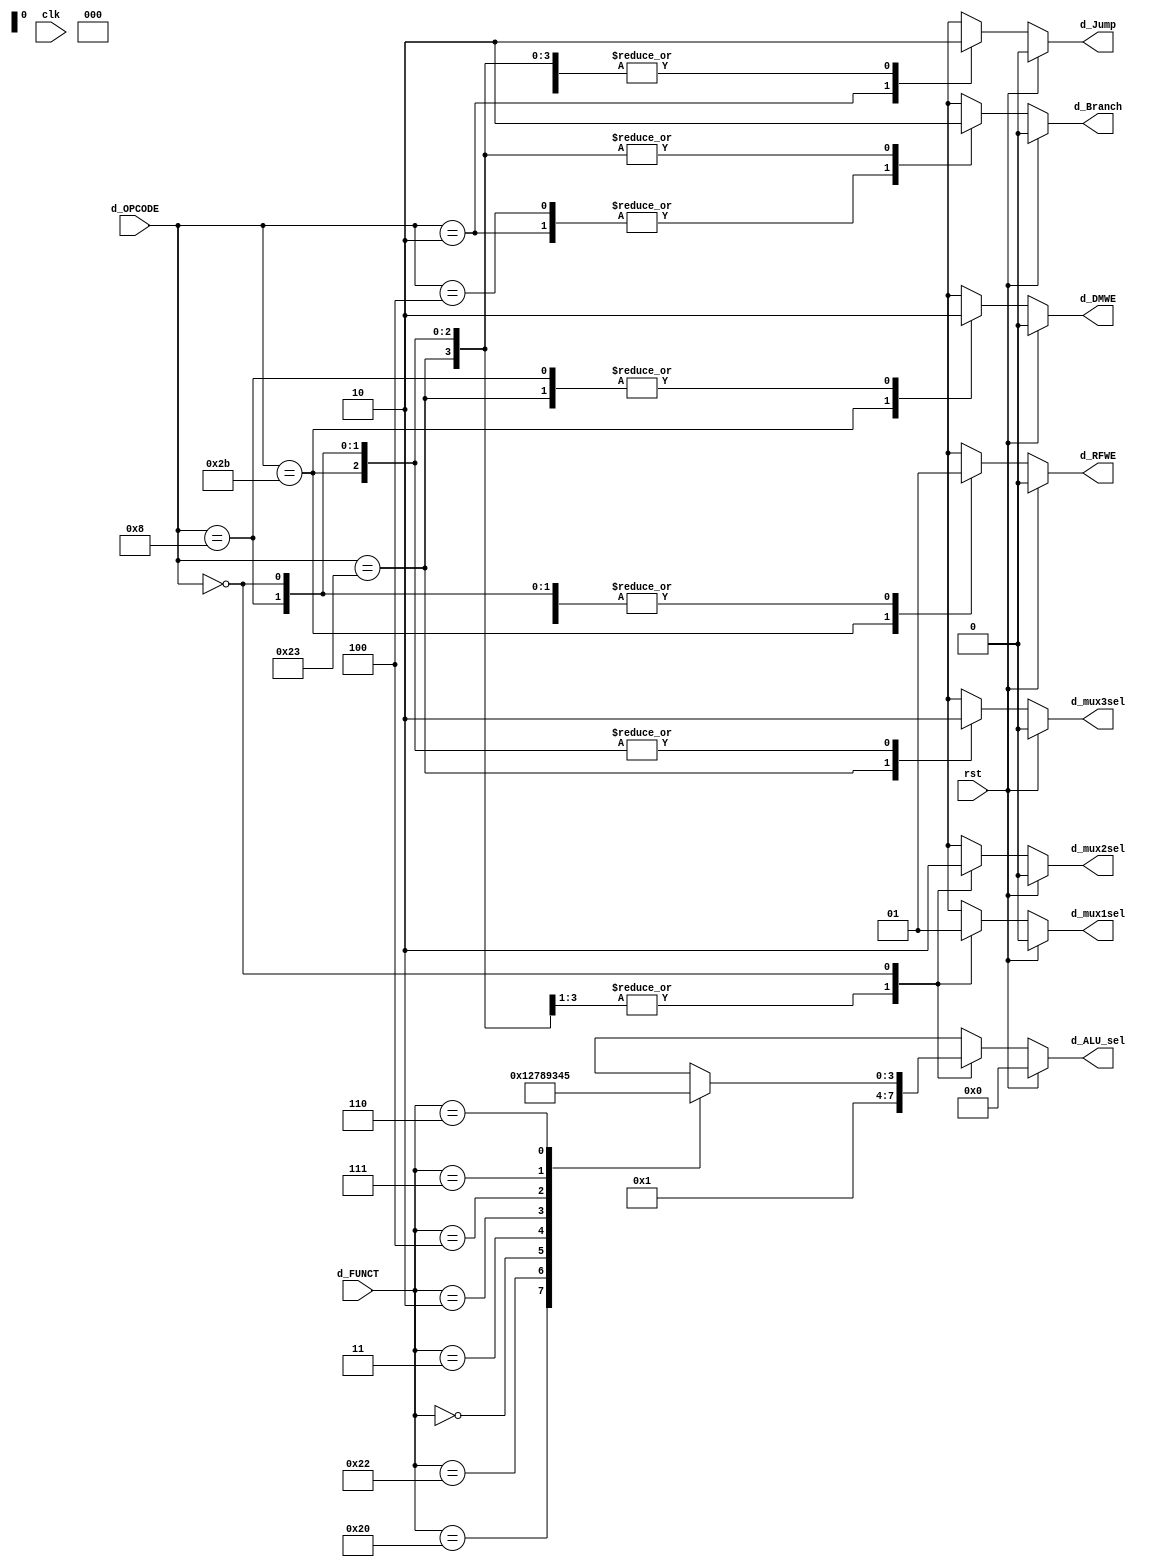
`timescale 1ns / 1ps
//////////////////////////////////////////////////////////////////////////////////
// Company: 
// Engineer: 
// 
// Design Name: 
// Module Name: sign_extension
// Project Name: 
// Target Devices: 
// Tool Versions: 
// Description: 
// 
// Dependencies: 
// 
// Revision:
// Revision 0.01 - File Created
// Additional Comments:
// 
//////////////////////////////////////////////////////////////////////////////////


module control_unit
/*** PARAMETERS ***/
#(parameter
    // WL
    DATA_WL     = 32,
    ADDR_RF_WL  = 5,
    ADDR_MEM    = 32,
    IMMED_WL    = 16,
    JUMP_WL     = 26,
    ALU_WL      = 4,

    // Local param WL
    OP_WL       = 6,
    FUNCT_WL    = 6,

    // OPCODE
    LW          = 6'b100011,
    SW          = 6'b101011,
    ADDI        = 6'b001000,
    JUMP        = 6'b000010,
    R           = 6'b000000,
    BEQ         = 6'b000100,
    BNE         = 6'b000101,

    // FUNCT
    ADD         = 6'b100000,
    SUB         = 6'b100010,
    SLL         = 6'b000000,
    SRA         = 6'b000011,
    SRL         = 6'b000010,
    SLLV        = 6'b000100,
    SRAV        = 6'b000111,
    SRLV        = 6'b000110,
    /* TODO implement the bottom two functions if you have time */
    DIV         = 6'B011010,

    // ALU
    ALU_IDLE                = 3'b000,
    ALU_LW_SW_ADD_ADDI_PC   = 3'b001,
    ALU_SUB_BRANCH          = 3'b010,
    ALU_SLLV                = 3'b011,
    ALU_SRAV                = 3'b100,
    ALU_SRLV                = 3'b101,
    ALU_MULT                = 3'b110,
    ALU_SLL                 = 3'b111,
    ALU_SRA                 = 4'b1000,
    ALU_SRL                 = 4'b1001
)
/*** IN/OUT ***/
(
    // IN
    input                       clk,
                                rst,
    input [OP_WL - 1 : 0]       d_OPCODE,
    input [FUNCT_WL - 1 : 0]    d_FUNCT,
    // OUT
    output reg                  d_mux1sel,
                                d_mux2sel,
                                d_RFWE,
                                d_mux3sel,
                                d_DMWE,
                                d_Branch,
                                d_Jump,
    output reg [ALU_WL - 1 : 0] d_ALU_sel    
);
    localparam  mux1_e_Rt = 0, mux1_e_Rd = 1, mux2_e_RFRD2 = 0, 
                mux2_e_SIGNED_IMMED = 1, mux3_w_DMRD = 1, mux3_w_ALU_OUT = 0,
                WRITE = 1, DONT_WRITE = 0, BRANCH = 1, 
                DONT_BRANCH = 0, DONT_CARE = 1'bx, JUMP_YES = 1, 
                JUMP_NO = 0, ZERO = 0;

    always @(d_OPCODE || d_FUNCT)
    begin
        if(!rst)
        begin
            case(d_OPCODE)
            LW:
            begin
                d_mux1sel   = mux1_e_Rt; // LW or SW don't use Rd
                d_mux2sel   = mux2_e_SIGNED_IMMED;
                d_mux3sel   = mux3_w_DMRD;
                d_RFWE      = WRITE;
                d_DMWE      = DONT_WRITE;
                d_Branch    = DONT_BRANCH;
                d_Jump      = JUMP_NO;
                d_ALU_sel   = ALU_LW_SW_ADD_ADDI_PC;
            end
            SW:
            begin
                d_mux1sel   = mux1_e_Rt;
                d_mux2sel   = mux2_e_SIGNED_IMMED;
                d_mux3sel   = ZERO;
                d_RFWE      = DONT_WRITE;
                d_DMWE      = WRITE;
                d_Branch    = DONT_BRANCH;
                d_Jump      = JUMP_NO;
                d_ALU_sel   = ALU_LW_SW_ADD_ADDI_PC;
            end
            ADDI:
            begin
                d_mux1sel   = mux1_e_Rt;
                d_mux2sel   = mux2_e_SIGNED_IMMED;
                d_mux3sel   = mux3_w_ALU_OUT;
                d_RFWE      = WRITE;
                d_DMWE      = DONT_WRITE;
                d_Branch    = DONT_BRANCH;
                d_Jump      = JUMP_NO;
                d_ALU_sel   = ALU_LW_SW_ADD_ADDI_PC;
            end
            JUMP:
            begin
                d_mux1sel   = DONT_CARE;
                d_mux2sel   = DONT_CARE;
                d_mux3sel   = DONT_CARE;
                d_RFWE      = DONT_CARE;
                d_DMWE      = DONT_CARE;
                d_Branch    = BRANCH;
                d_Jump      = JUMP_YES;
                d_ALU_sel   = DONT_CARE;
            end
            BEQ:
            begin
                d_mux1sel   = DONT_CARE;
                d_mux2sel   = DONT_CARE;
                d_mux3sel   = DONT_CARE;
                d_RFWE      = DONT_CARE;
                d_DMWE      = DONT_CARE;
                d_Branch    = BRANCH;
                d_Jump      = JUMP_NO;
                d_ALU_sel   = DONT_CARE;
            end
            R:
            begin
                d_mux1sel   = mux1_e_Rd;
                d_mux2sel   = mux2_e_RFRD2;
                d_mux3sel   = mux3_w_ALU_OUT;
                d_RFWE      = WRITE;
                d_DMWE      = DONT_CARE;
                d_Branch    = DONT_BRANCH;
                d_Jump      = JUMP_NO;
                case(d_FUNCT)
                    ADD:        d_ALU_sel = ALU_LW_SW_ADD_ADDI_PC;
                    SUB:        d_ALU_sel = ALU_SUB_BRANCH;
                    SLL:        d_ALU_sel = ALU_SLL;
                    SRA:        d_ALU_sel = ALU_SRA;
                    SRL:        d_ALU_sel = ALU_SRL;
                    SLLV:       d_ALU_sel = ALU_SLLV;
                    SRAV:       d_ALU_sel = ALU_SRAV;
                    SRLV:       d_ALU_sel = ALU_SRLV;
                    default     d_ALU_sel = DONT_CARE;
                endcase
            end
            default
            begin
                d_mux1sel   = DONT_CARE;
                d_mux2sel   = DONT_CARE;
                d_mux3sel   = DONT_CARE;
                d_RFWE      = DONT_CARE;
                d_DMWE      = DONT_CARE;
                d_Branch    = DONT_CARE;
                d_ALU_sel   = DONT_CARE;
                d_Jump      = DONT_CARE;
            end
            endcase
        end
        else
        begin
            d_mux1sel   = 0;
            d_mux2sel   = 0;
            d_mux3sel   = 0;
            d_RFWE      = 0;
            d_DMWE      = 0;
            d_Branch    = 0;
            d_ALU_sel   = 0;
            d_Jump      = 0;
        end
    end
endmodule